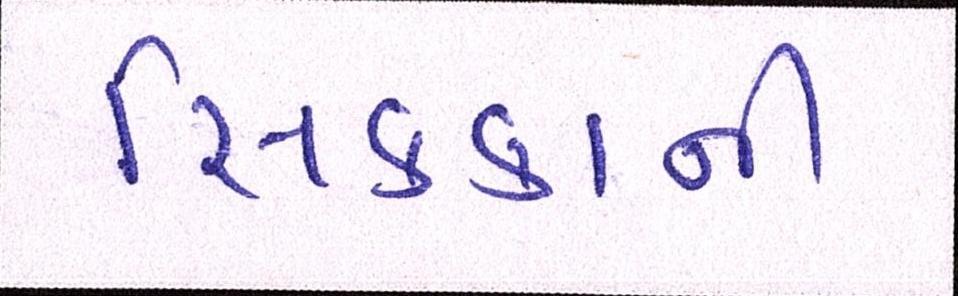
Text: સિક્કાની